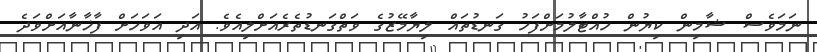
ނަމަވެސް ޝާމިން ކިޔުން ހުއްޓާލުމަށްފަހު ގަނޑުތައް ލިޔާމޭޒުގެ ވަތްގަނޑުތެރެއަށްލިއެވެ. އަދި އަވަހަށް ފާޚާނާއަށްވަދެ